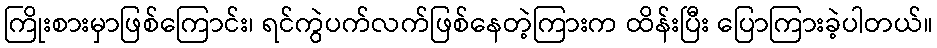
ကြိုးစားမှာဖြစ်ကြောင်း၊ ရင်ကွဲပက်လက်ဖြစ်နေတဲ့ကြားက ထိန်းပြီး ပြောကြားခဲ့ပါတယ်။